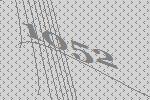
1052